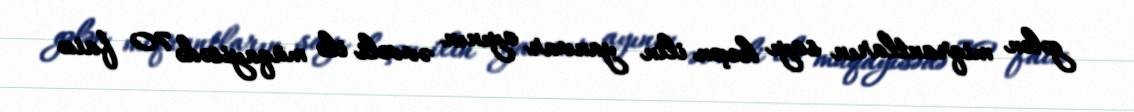
gələn miqrantların sayı keçən ilin yanvar ayının əvvəli ilə müqayisədə 70 faiz